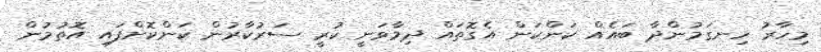
މިހާރު ހިނގަމުންދާ ބައެއް ކަންކަން އެގޮތައް ދިމާވަނީ ކުރީ ސަރުކާރުން ކަންކޮށްފައި އޮތުމުން